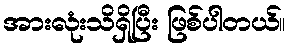
အားလုံးသိရှိပြီး ဖြစ်ပါတယ်။